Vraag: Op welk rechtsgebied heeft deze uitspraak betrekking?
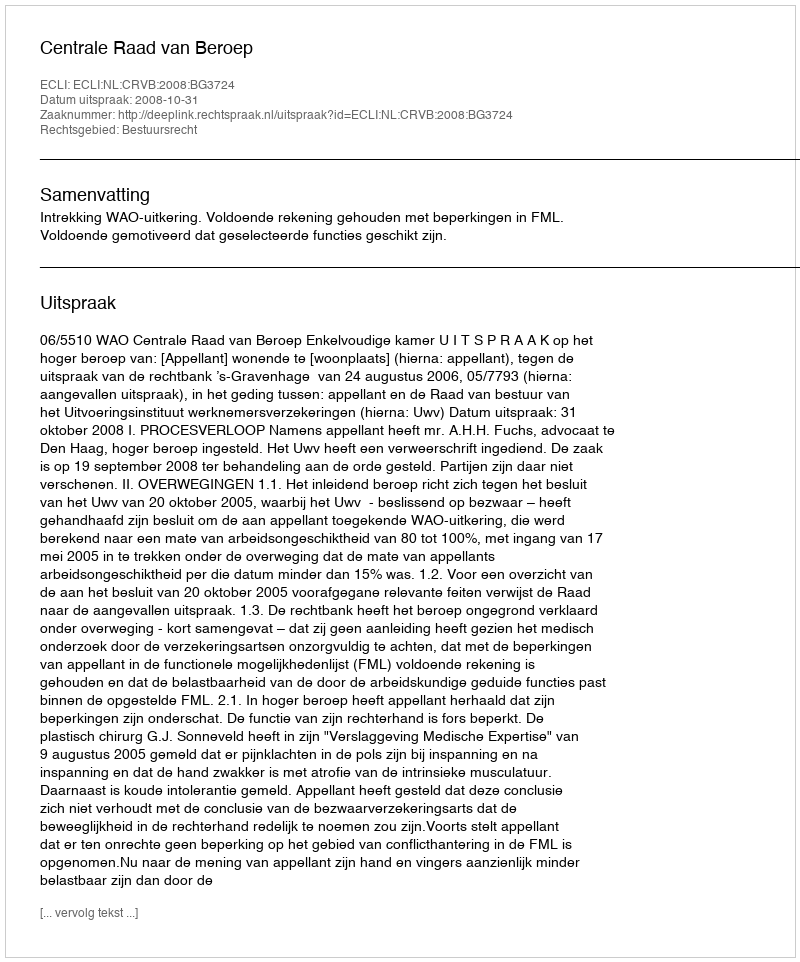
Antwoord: Bestuursrecht